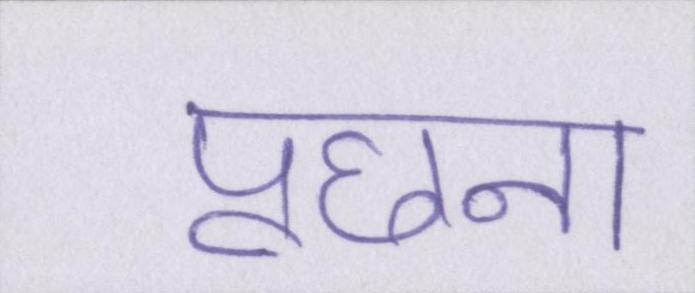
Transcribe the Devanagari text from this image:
पूछना